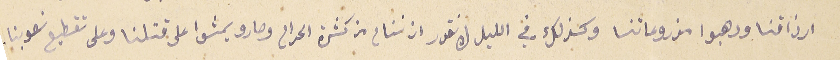
ارزاقنا ورهبوا مزروعاتنا وكذلك في الليل لا نقدر ان ننام من كثرة الحرام وصارو يمشوا على قتلنا وعلى تقطيع نصوبنا